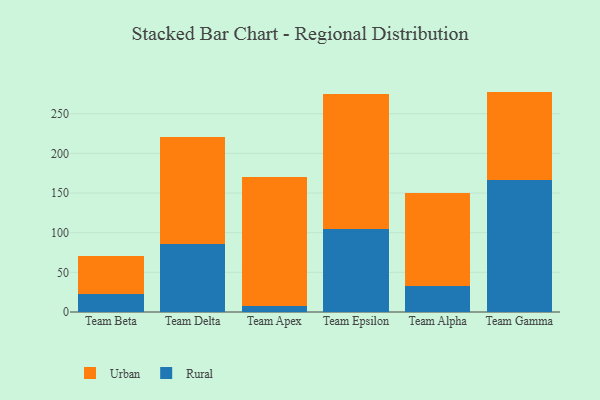
{"axis": {"x": "Team", "y": "Market Share (%)"}, "legend": ["Rural", "Urban"], "data": [{"x": "Team Beta", "y": 22.4, "type": "Rural"}, {"x": "Team Beta", "y": 48.3, "type": "Urban"}, {"x": "Team Delta", "y": 86.1, "type": "Rural"}, {"x": "Team Delta", "y": 134.3, "type": "Urban"}, {"x": "Team Apex", "y": 7.2, "type": "Rural"}, {"x": "Team Apex", "y": 162.6, "type": "Urban"}, {"x": "Team Epsilon", "y": 104.1, "type": "Rural"}, {"x": "Team Epsilon", "y": 170.8, "type": "Urban"}, {"x": "Team Alpha", "y": 32.2, "type": "Rural"}, {"x": "Team Alpha", "y": 118.1, "type": "Urban"}, {"x": "Team Gamma", "y": 166.2, "type": "Rural"}, {"x": "Team Gamma", "y": 111.7, "type": "Urban"}]}